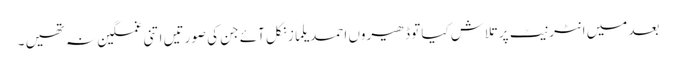
بعد میں انٹرنیٹ پر تلاش کیا تو ڈھیروں احمد یلماز نکل آئے جن کی صورتیں اتنی غمگین نہ تھیں ۔